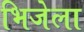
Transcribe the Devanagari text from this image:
भिजेला